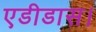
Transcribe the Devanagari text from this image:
एडीडास।